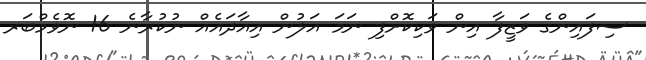
ސިފައިންގެ ވަޒީފާ އިން ވަކިކޮށްފި ނަމަ އަލުން އިއާދައެއް ނުކުރާނެ 16 ނޮވެމްބަރ